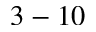
3 - 1 0